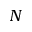
N